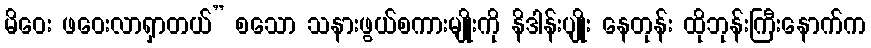
မိဝေး ဖဝေးလာရှာတယ်” စသော သနားဖွယ်စကားမျိုးကို နိဒါန်းပျိုး နေတုန်း ထိုဘုန်းကြီးနောက်က